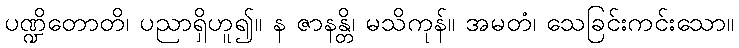
ပဏ္ဍိတောတိ၊ ပညာရှိဟူ၍။ န ဇာနန္တိ၊ မသိကုန်။ အမတံ၊ သေခြင်းကင်းသော။